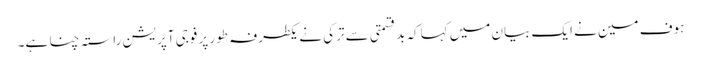
ہوف مین نے ایک بیان میں کہاکہ بدقسمتی سے ترکی نے یکطرفہ طور پر فوجی آپریشن راستہ چنا ہے۔